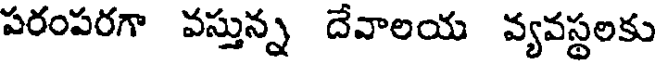
పరంపరగా వస్తున్న దేవాలయ వ్యవస్థలకు